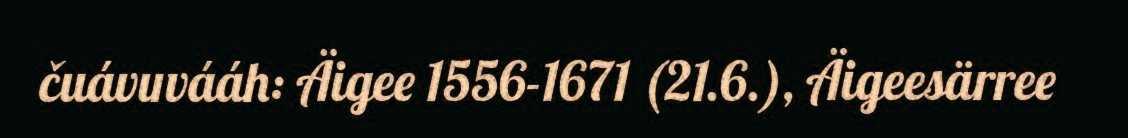
čuávuvááh: Äigee 1556-1671 (21.6.), Äigeesärree